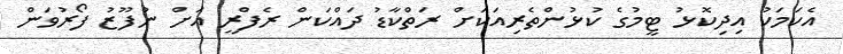
އެކަމަކު އިދިކޮޅު ޓީމުގެ ކުޅުންތެރިއަކަށް ރަތްކާޑު ދައްކަން ރެފްރީ އަށް ނުފޫޒު ފޯރުވަން